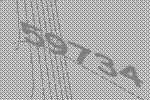
59734